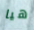
هيا